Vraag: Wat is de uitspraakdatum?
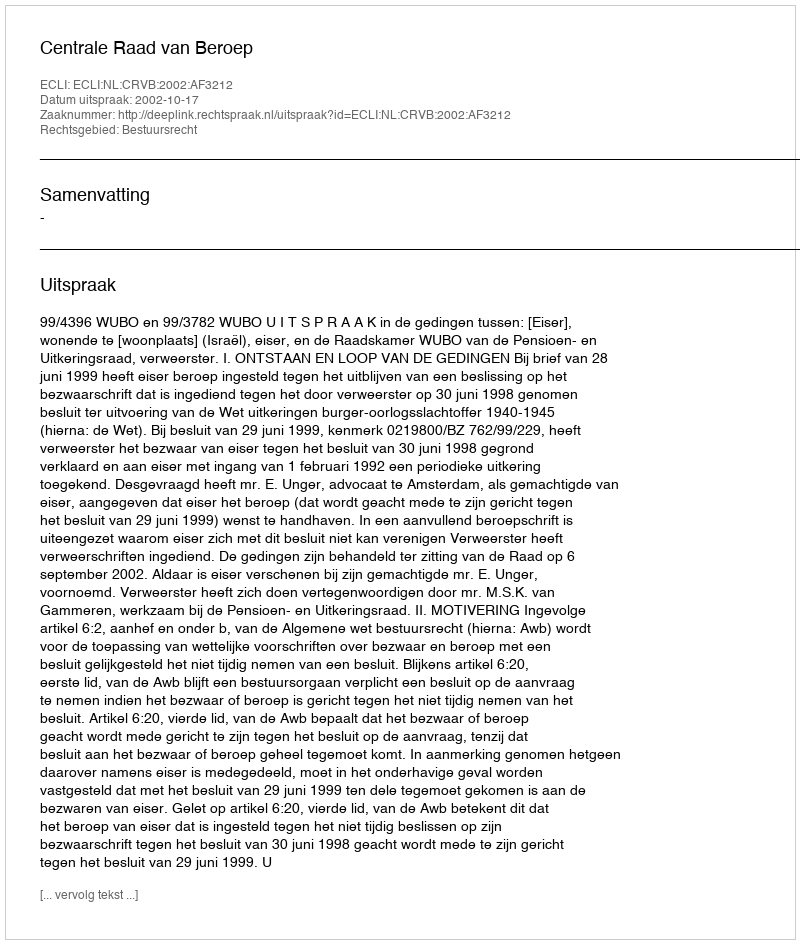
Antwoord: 2002-10-17